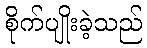
စိုက်ပျိုးခဲ့သည်